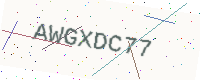
Text: AWGXDC77